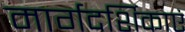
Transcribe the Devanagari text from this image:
मार्गदर्शिकाएं